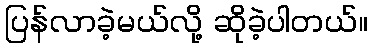
ပြန်လာခဲ့မယ်လို့ ဆိုခဲ့ပါတယ်။